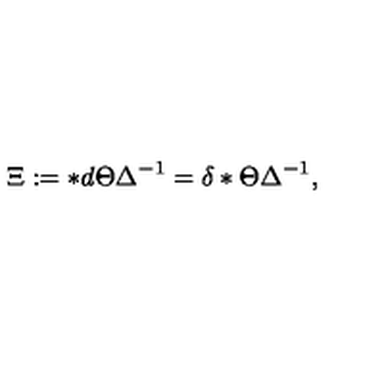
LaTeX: \Xi : = * d \Theta \Delta ^ { - 1 } = \delta * \Theta \Delta ^ { - 1 } ,